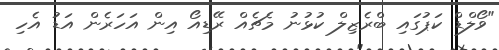
"ވޯލްޑް ކަޕުގައި ބްރެޒިލް ކުޅުނު މެޗެއް ރޭޑިއޯ އިން އަހަރެން އަޑު އެހި